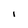
Character: i